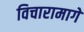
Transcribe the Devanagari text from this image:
विचारामागे